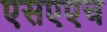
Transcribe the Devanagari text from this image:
एसएएच